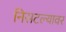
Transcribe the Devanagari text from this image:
निसटल्यावर